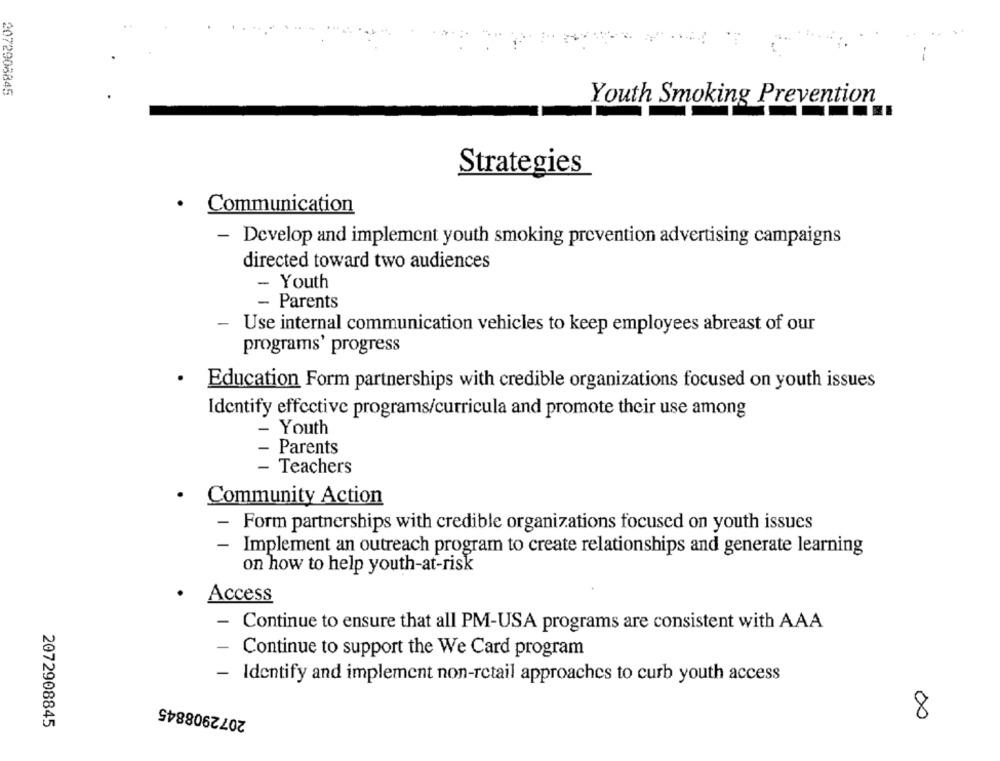
2072908845
Youth Smoking Prevention
Strategies
· Communication
- Develop and implement youth smoking prevention advertising campaigns
directed toward two audiences
- Youth
- Parents
- Use internal communication vehicles to keep employees abreast of our
programs' progress
Education Form partnerships with credible organizations focused on youth issues
Identify effective programs/curricula and promote their use among
- Youth
- Parents
- Teachers
· Community Action
- Form partnerships with credible organizations focused on youth issues
- Implement an outreach program to create relationships and generate learning
on how to help youth-at-risk
Access
- Continue to ensure that all PM-USA programs are consistent with AAA
Continue to support the We Card program
- Identify and implement non-retail approaches to curb youth access
2072908845
8
2072908845